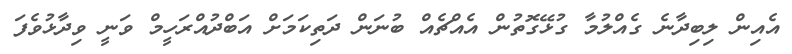
އެއިން ލިބިދާނެ ގެއްލުމާ ގުޅޭގޮތުން އެއްޗެއް ބުނަން ދަތިކަމަށް އަބްދުއްރަހީމް ވަނީ ވިދާޅުވެފަ